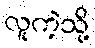
လူကဲ့သို့